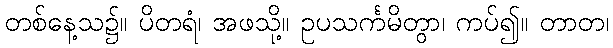
တစ်နေ့သ၌။ ပိတရံ၊ အဖသို့။ ဥပသင်္ကမိတွာ၊ ကပ်၍။ တာတ၊